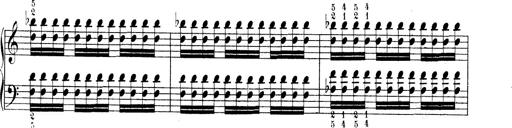
Title: Technische Studien
Composer: Franz Liszt